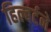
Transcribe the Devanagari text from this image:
हिल्बर्टने